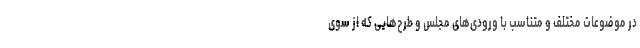
در موضوعات مختلف و متناسب با ورودی‌های مجلس و طرح‌هایی که از سوی